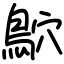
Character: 鴥